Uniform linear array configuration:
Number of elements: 12
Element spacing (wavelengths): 0.75
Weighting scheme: exponential
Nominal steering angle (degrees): -45
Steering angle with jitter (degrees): -43.459
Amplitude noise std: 0.05
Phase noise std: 0.05

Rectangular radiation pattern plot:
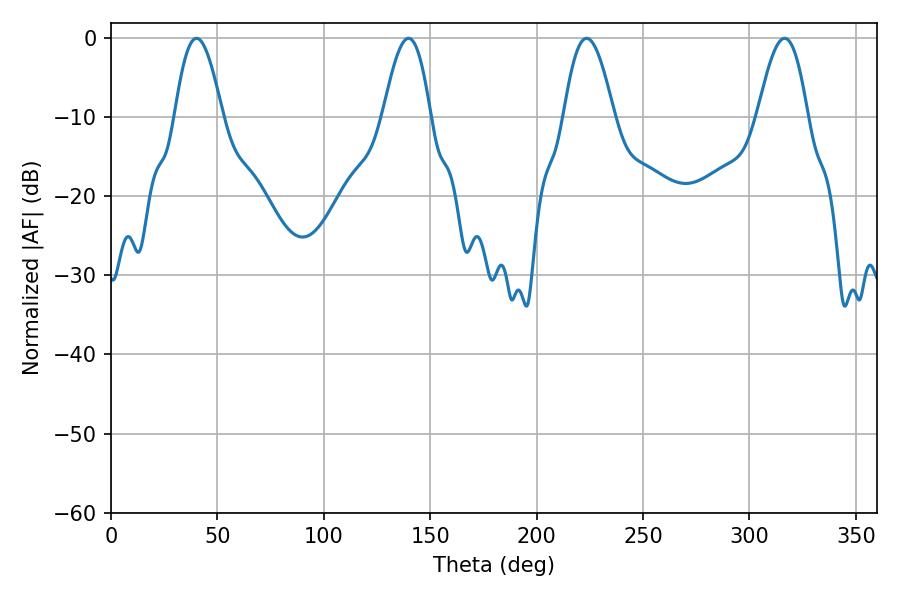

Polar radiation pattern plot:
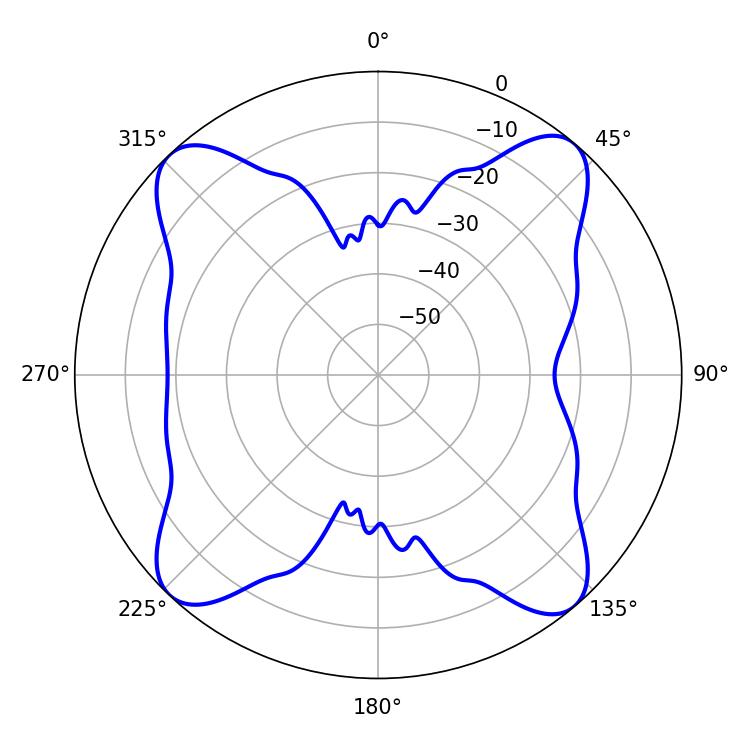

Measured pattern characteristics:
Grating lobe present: TRUE
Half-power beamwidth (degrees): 12.06
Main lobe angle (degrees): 40.14